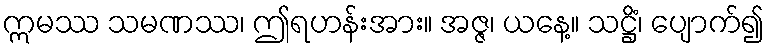
ဣမဿ သမဏဿ၊ ဤရဟန်းအား။ အဇ္ဇ၊ ယနေ့။ သဋ္ဌိံ၊ ပျောက်၍